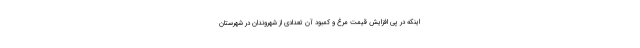
اینکه در پی افزایش قیمت مرغ و کمبود آن تعدادی از شهروندان در شهرستان